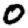
Digit: 0